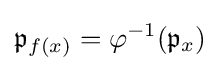
{\mathfrak {p}}_{f(x)}=\varphi ^{-1}({\mathfrak {p}}_{x})